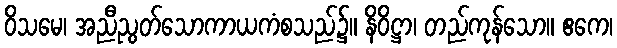
ဝိသမေ၊ အညီညွတ်သောကာယကံစသည်၌။ နိဝိဋ္ဌာ၊ တည်ကုန်သော။ ဧကေ၊